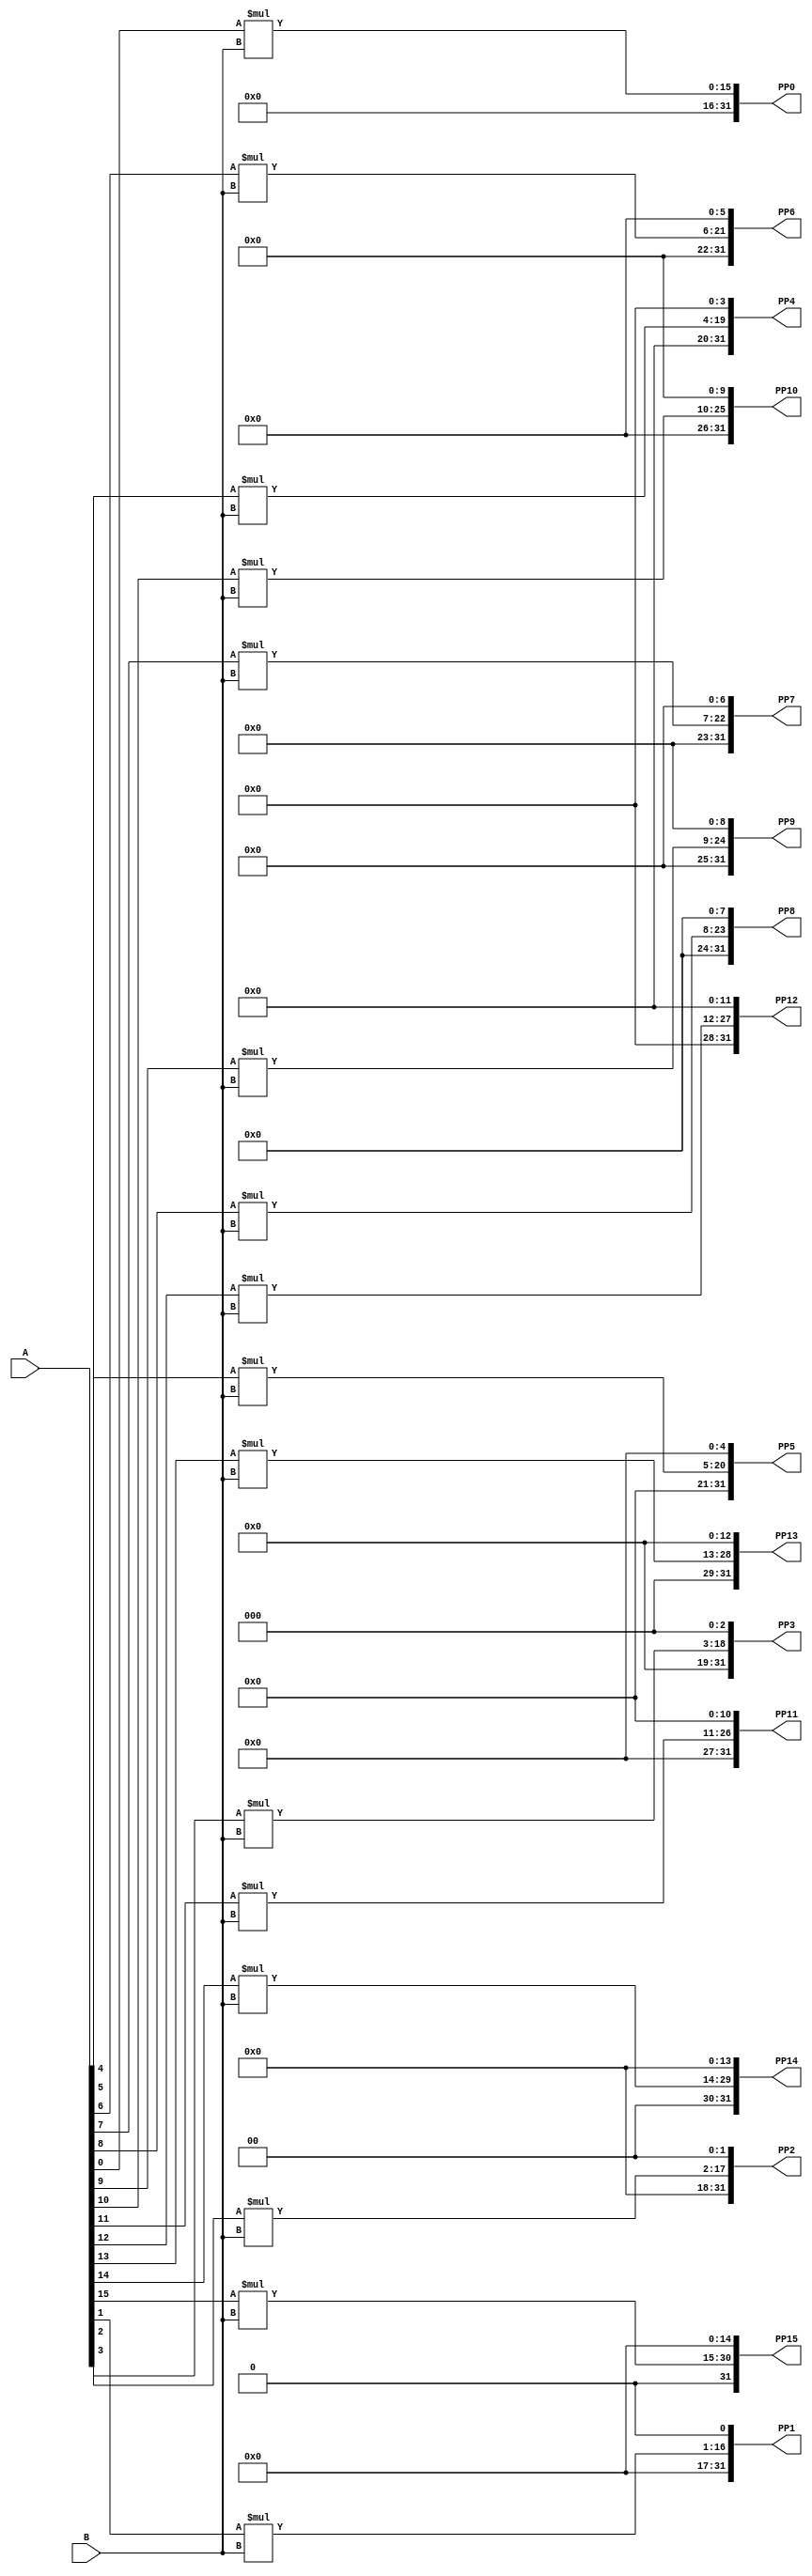
`timescale 1ns / 1ps
  
    module PP
    (
    input [15:0] A,
    input [15:0] B,
	
    output [31:0]PP0,
    output [31:0]PP1,
    output [31:0]PP2, 
    output [31:0]PP3,
    output [31:0]PP4,
    output [31:0]PP5,
    output [31:0]PP6,
    output [31:0]PP7,
    output [31:0]PP8,
    output [31:0]PP9,
    output [31:0]PP10,
    output [31:0]PP11,
    output [31:0]PP12,
    output [31:0]PP13,
    output [31:0]PP14,
    output [31:0]PP15
    );
    
    wire [31:0]PP[15:0];
 
    genvar i;
    generate
        for(i = 0; i <= 15; i = i + 1)
        begin: PP_LOOP //PARTIAL PRODUCT
            assign PP[i][31:0] = {16'h0000,(A[i] * B)} << i;
        end
	endgenerate
	 	
	assign PP0 = PP[0][31:0];
    assign PP1 = PP[1][31:0];
    assign PP2 = PP[2][31:0];
    assign PP3 = PP[3][31:0];
    assign PP4 = PP[4][31:0];
    assign PP5 = PP[5][31:0];
    assign PP6 = PP[6][31:0];
    assign PP7 = PP[7][31:0];
    assign PP8 = PP[8][31:0];
    assign PP9 = PP[9][31:0];
    assign PP10 = PP[10][31:0];
    assign PP11 = PP[11][31:0];
    assign PP12 = PP[12][31:0];
    assign PP13 = PP[13][31:0];
    assign PP14 = PP[14][31:0];
    assign PP15 = PP[15][31:0];	
		
endmodule























































/*
module PP(
    input [15:0]A,
    input [15:0]B,
    
    output [31:0]PP0,
    output [31:0]PP1,
    output [31:0]PP2, 
    output [31:0]PP3,
    output [31:0]PP4,
    output [31:0]PP5,
    output [31:0]PP6,
    output [31:0]PP7,
    output [31:0]PP8,
    output [31:0]PP9,
    output [31:0]PP10,
    output [31:0]PP11,
    output [31:0]PP12,
    output [31:0]PP13,
    output [31:0]PP14,
    output [31:0]PP15
    );
    
    reg [31:0] parp [15:0];
    integer i;
   
    always @ (*)
    begin
        for ( i = 0; i <= 31; i = i+1)
        begin
            if ( B[i] == 1'b1 )
                parp[i] = {16'b0,A} <<i;    
            else
                parp[i] = 32'h00000000;      
        end
    end
    
    assign PP0 = parp[0][31:0];
    assign PP1 = parp[1][31:0];
    assign PP2 = parp[2][31:0];
    assign PP3 = parp[3][31:0];
    assign PP4 = parp[4][31:0];
    assign PP5 = parp[5][31:0];
    assign PP6 = parp[6][31:0];
    assign PP7 = parp[7][31:0];
    assign PP8 = parp[8][31:0];
    assign PP9 = parp[9][31:0];
    assign PP10 = parp[10][31:0];
    assign PP11 = parp[11][31:0];
    assign PP12 = parp[12][31:0];
    assign PP13 = parp[13][31:0];
    assign PP14 = parp[14][31:0];
    assign PP15 = parp[15][31:0];
      
endmodule
*/